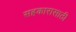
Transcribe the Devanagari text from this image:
सहकारासाठी